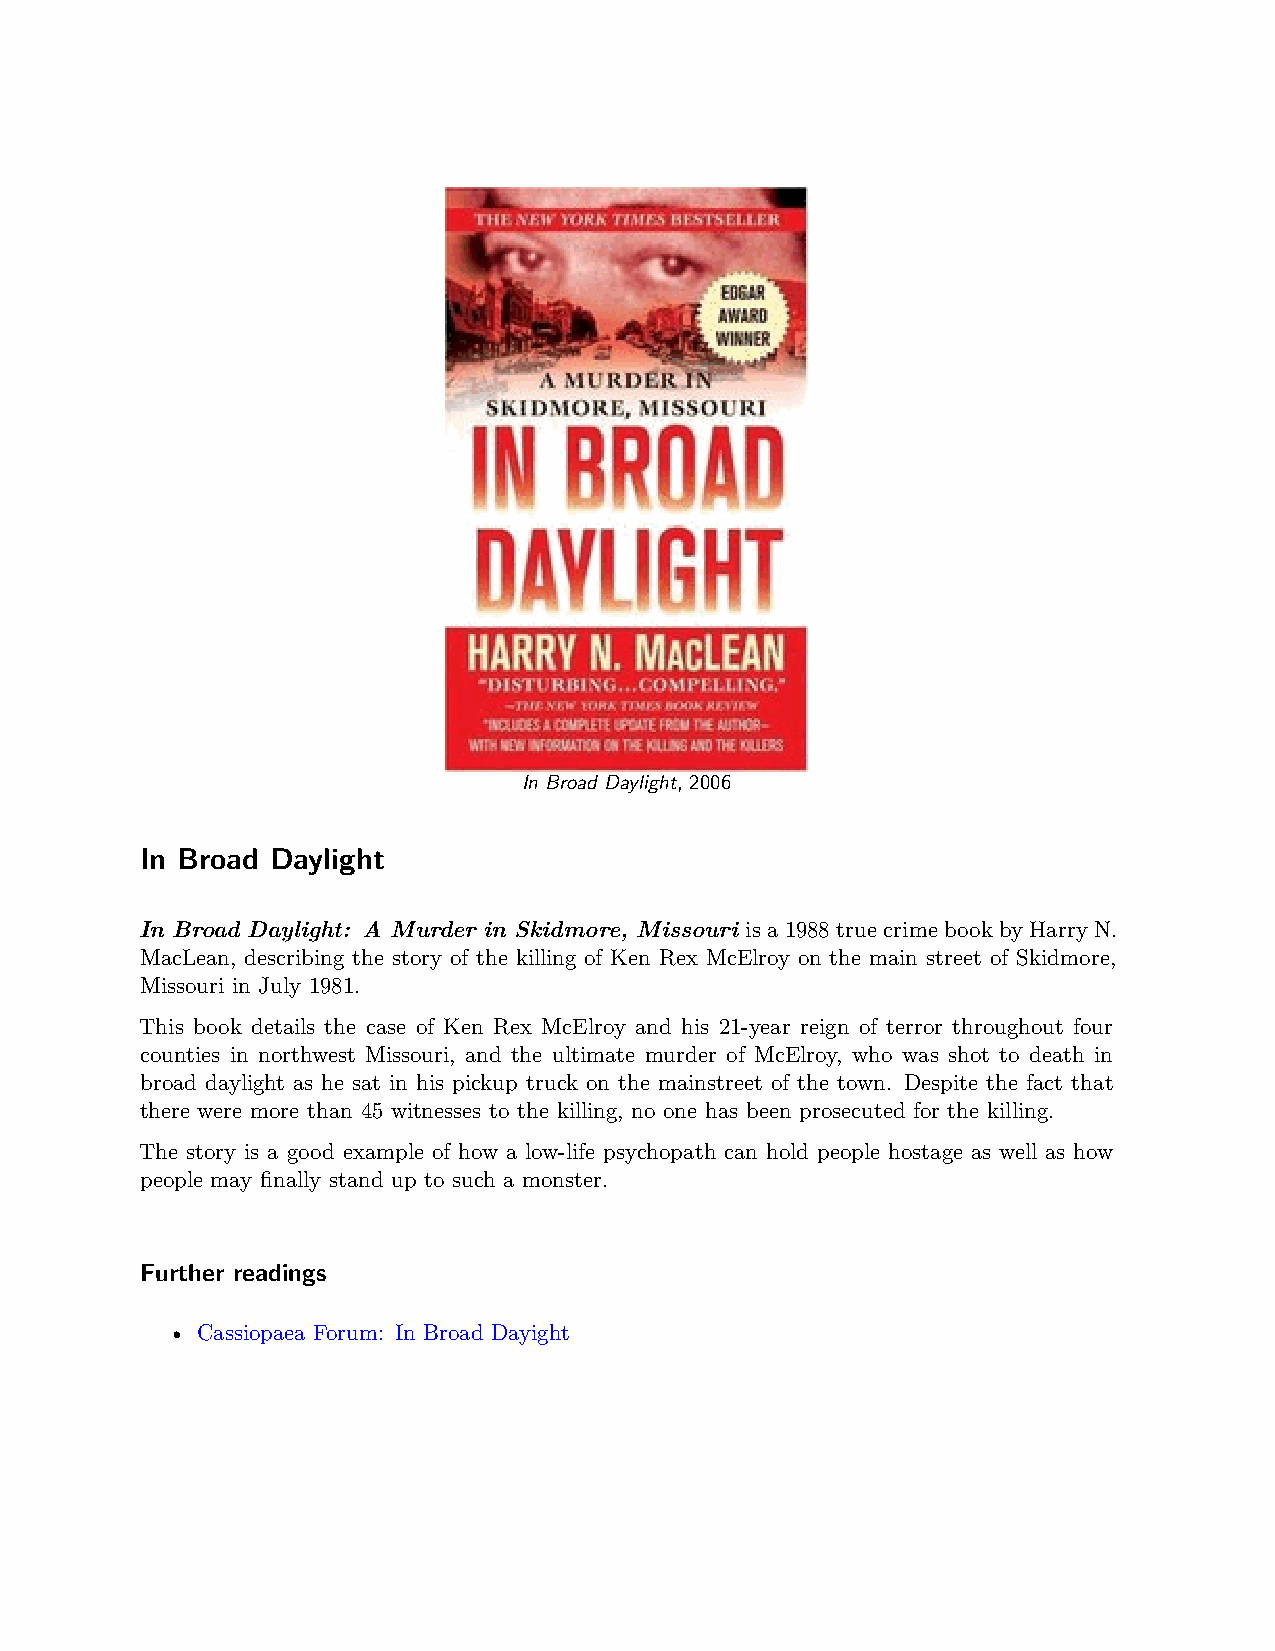
In Broad Daylight, 2006
 In Broad Daylight
 In Broad Daylight: A Murder in Skidmore, Missouri is a 1988 true crime book by Harry N.
 MacLean, describing the story of the killing of Ken Rex McElroy on the main street of Skidmore,
 Missouri in July 1981.
 This book details the case of Ken Rex McElroy and his 21-year reign of terror throughout four
 counties in northwest Missouri, and the ultimate murder of McElroy, who was shot to death in
 broad daylight as he sat in his pickup truck on the mainstreet of the town. Despite the fact that
 there were more than 45 witnesses to the killing, no one has been prosecuted for the killing.
 The story is a good example of how a low-life psychopath can hold people hostage as well as how
 people may finally stand up to such a monster.
 Further readings
 • Cassiopaea Forum: In Broad Dayight